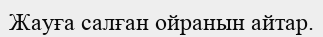
Жауға салған ойранын айтар.